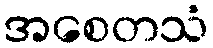
အစေတသံ